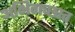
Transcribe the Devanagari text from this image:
अभिगच्छात्